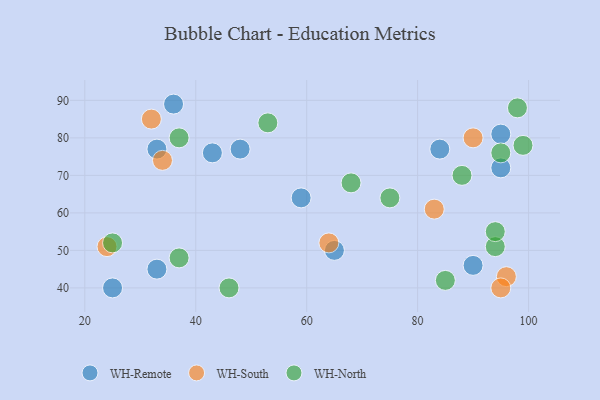
{"axis": {"x": "GDP", "y": "Life Expectancy"}, "legend": ["WH-North", "WH-Remote", "WH-South"], "data": [{"x": "48", "y": 77, "type": "WH-Remote"}, {"x": "95", "y": 72, "type": "WH-Remote"}, {"x": "84", "y": 77, "type": "WH-Remote"}, {"x": "65", "y": 50, "type": "WH-Remote"}, {"x": "95", "y": 81, "type": "WH-Remote"}, {"x": "90", "y": 46, "type": "WH-Remote"}, {"x": "43", "y": 76, "type": "WH-Remote"}, {"x": "25", "y": 40, "type": "WH-Remote"}, {"x": "59", "y": 64, "type": "WH-Remote"}, {"x": "36", "y": 89, "type": "WH-Remote"}, {"x": "33", "y": 77, "type": "WH-Remote"}, {"x": "33", "y": 45, "type": "WH-Remote"}, {"x": "64", "y": 52, "type": "WH-South"}, {"x": "96", "y": 43, "type": "WH-South"}, {"x": "83", "y": 61, "type": "WH-South"}, {"x": "24", "y": 51, "type": "WH-South"}, {"x": "95", "y": 40, "type": "WH-South"}, {"x": "34", "y": 74, "type": "WH-South"}, {"x": "90", "y": 80, "type": "WH-South"}, {"x": "32", "y": 85, "type": "WH-South"}, {"x": "68", "y": 68, "type": "WH-North"}, {"x": "85", "y": 42, "type": "WH-North"}, {"x": "94", "y": 51, "type": "WH-North"}, {"x": "98", "y": 88, "type": "WH-North"}, {"x": "94", "y": 55, "type": "WH-North"}, {"x": "25", "y": 52, "type": "WH-North"}, {"x": "75", "y": 64, "type": "WH-North"}, {"x": "37", "y": 48, "type": "WH-North"}, {"x": "46", "y": 40, "type": "WH-North"}, {"x": "99", "y": 78, "type": "WH-North"}, {"x": "37", "y": 80, "type": "WH-North"}, {"x": "88", "y": 70, "type": "WH-North"}, {"x": "95", "y": 76, "type": "WH-North"}, {"x": "53", "y": 84, "type": "WH-North"}]}